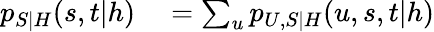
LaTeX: \begin{array}{rl}{p_{S|H}(s,t|h)}&{{}=\sum_{u}p_{U,S|H}(u,s,t|h)}\end{array}